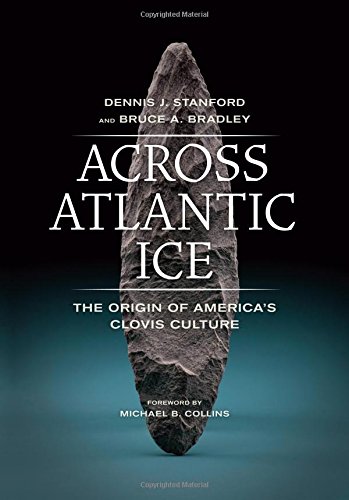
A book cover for Across Atlantic Ice: The Origin of America's Clovis Culture; Dennis J. Stanford; Science & Math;